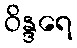
ဝိန္ဒရေ